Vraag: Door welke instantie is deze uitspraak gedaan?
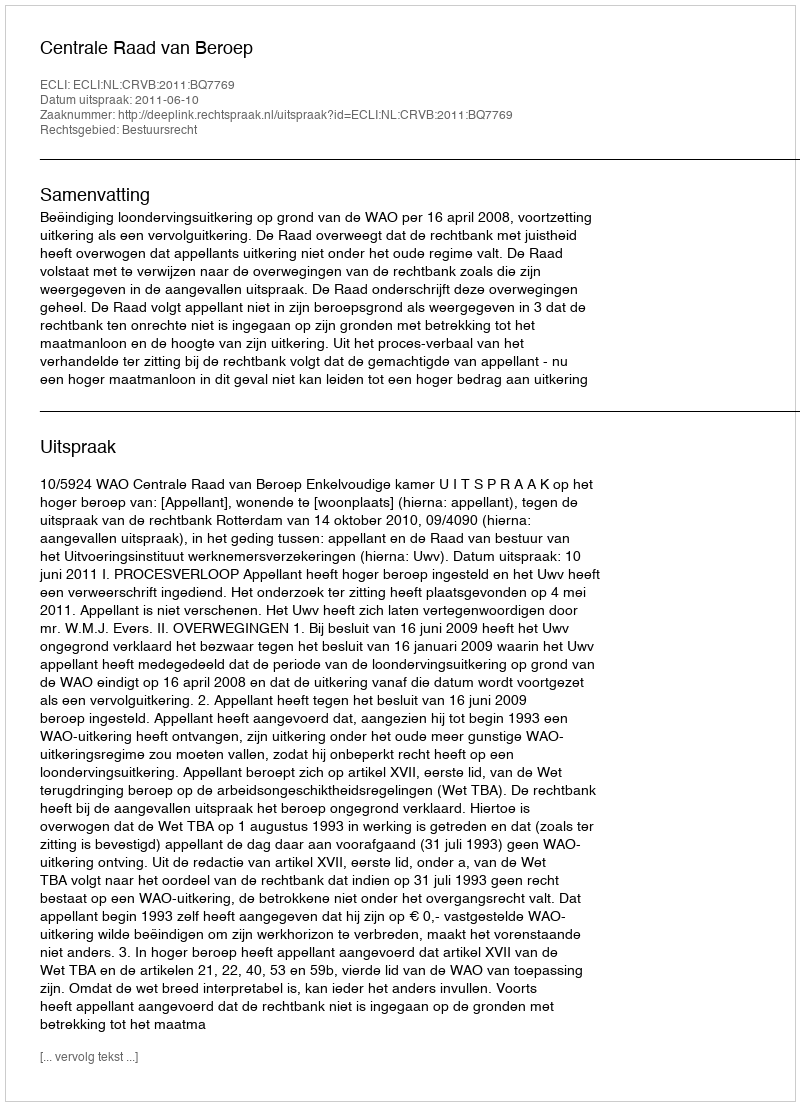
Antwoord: Centrale Raad van Beroep